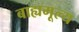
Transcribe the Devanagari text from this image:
बाह्यमूल्य